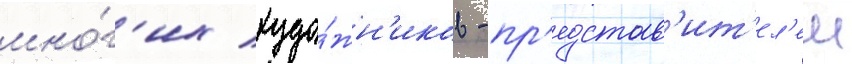
мно́г'их худо́жн'иков - пр'едстав'ит'ел'еи